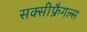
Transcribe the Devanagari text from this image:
सक्सीफ्रैगल्स